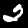
Label: 2